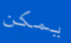
يمكن